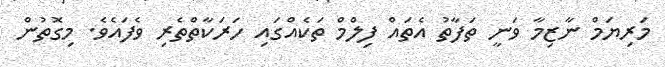
މަރިޔަމް ނާޒިމާ ވަނީ ތަފާތު އެތައް ފިލްމް ތަކެއްގައި ހަރަކާތްތެރި ވެފައެވެ. މިގޮތުން